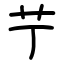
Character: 艼